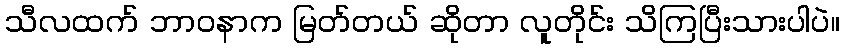
သီလထက် ဘာဝနာက မြတ်တယ် ဆိုတာ လူတိုင်း သိကြပြီးသားပါပဲ။